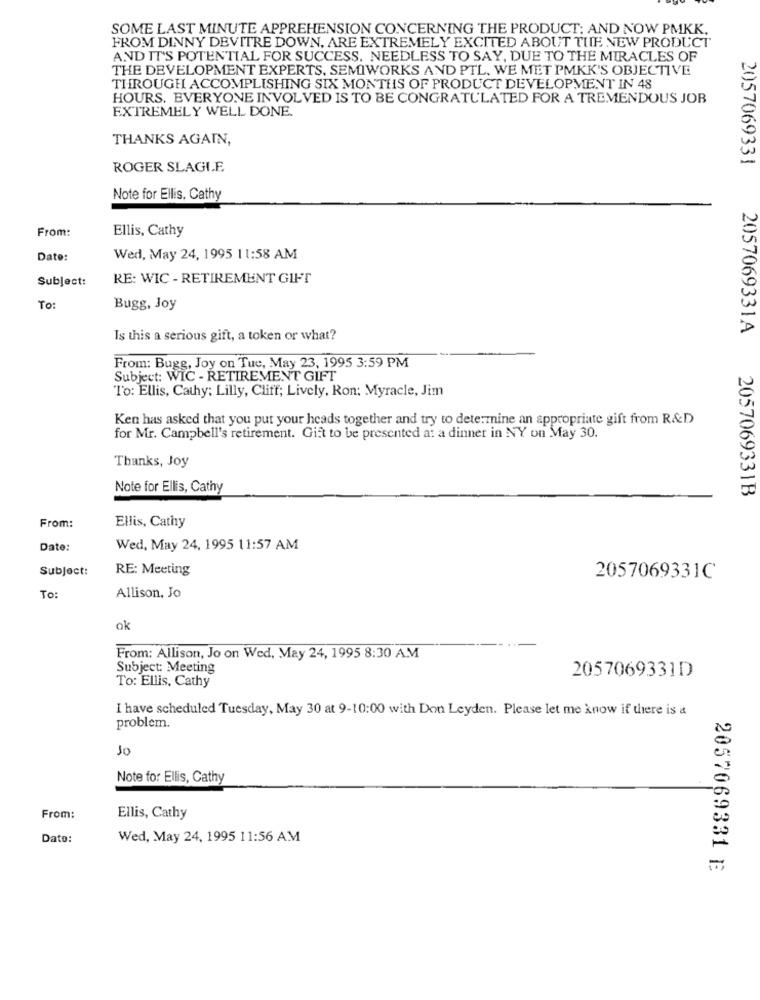
SOME LAST MINUTE APPREHENSION CONCERNING THE PRODUCT: AND NOW PMKK.
FROM DINNY DEVITRE DOWN, ARE EXTREMELY EXCITED ABOUT THE NEW PRODUCT
AND IT'S POTENTIAL FOR SUCCESS. NEEDLESS TO SAY, DUE TO THE MIRACLES OF
THE DEVELOPMENT EXPERTS. SEMIWORKS AND PTL. WE MET PMKK'S OBJECTIVE
THROUGH ACCOMPLISHING SIX MONTHS OF PRODUCT DEVELOPMENT IN 48
HOURS. EVERYONE INVOLVED IS TO BE CONGRATULATED FOR A TREMENDOUS JOB
EXTREMELY WELL DONE.
THANKS AGAIN,
ROGER SLAGIE
2057069331
Note for Ellis, Cathy
From:
Ellis, Cathy
Date:
Wed, May 24, 1995 11:58 AM
Subject:
RE: WIC - RETIREMENT GIFT
To:
Bugg, Joy
2057069331A
Is this a serious gift, a token or what?
From: Bugg, Joy on Tue, May 23, 1995 3:59 PM
Subject: WIC - RETIREMENT GIFT
To: Ellis, Cathy; Lilly, Cliff; Lively, Ron: Myracle, Jim
Ken has asked that you put your heads together and try to determine an appropriate gift from R&D
for Mr. Campbell's retirement. Gift to be presented at a dinner in NY on May 30.
Thanks, Joy
Note for Ellis, Cathy
2057069331B
From:
Ellis, Cathy
Date:
Wed, May 24, 1995 11:57 AM
Subject:
RE: Meeting
2057069331C
To:
Allison, Jo
ok
From: Allison, Jo on Wed, May 24, 1995 8:30 AM
Subject: Meeting
2057069331D
To: Ellis, Cathy
I have scheduled Tuesday, May 30 at 9-10:00 with Don Leyden. Please let me know if there is a
problem.
Jo
Note for Ellis, Cathy
From:
Ellis, Cathy
Dato:
Wed, May 24, 1995 11:56 AM
2057069331 E